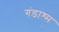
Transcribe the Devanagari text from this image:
गंडाश्म